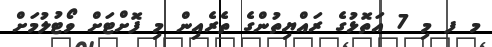
މ ފ މި 7 އަތޮޅުގެ ރައްޔިތުންގެ ތެރެއިން މި ފޮށްޓަށް ވޯޓުލުމަށް